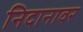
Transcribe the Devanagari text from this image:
निदानावर